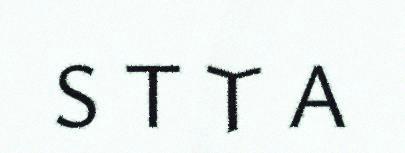
S T T A